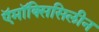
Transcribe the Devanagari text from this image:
ऍमॉक्सिसिलीन